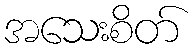
အသေးစိတ်